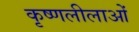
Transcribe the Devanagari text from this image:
कृष्णलीलाओं